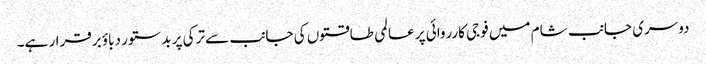
دوسری جانب شام میں فوجی کارروائی پر عالمی طاقتوں کی جانب سے ترکی پر بدستور دباؤ برقرار ہے۔